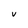
Character: V